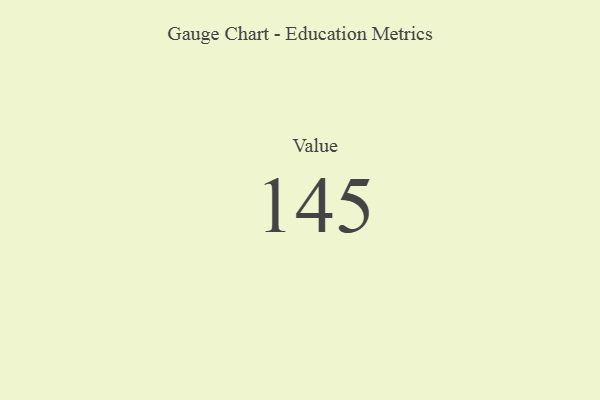
{"axis": {"x": "Metric", "y": "Value"}, "legend": [""], "data": [{"x": "Value", "y": 145, "type": ""}]}